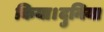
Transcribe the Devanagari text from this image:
किया।दुनिया